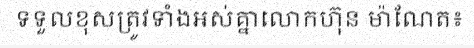
ទទួលខុសត្រូវទាំងអស់គ្នាលោកហ៊ុន ម៉ាណែត៖